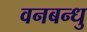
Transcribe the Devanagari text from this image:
वनबन्धु